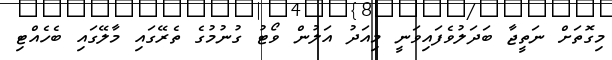
މިގޮތަށް ނަތީޖާ ބަދަލުވެފައިވަނީ މިއަދު އަލުން ވޯޓު ގުނުމުގެ ތެރޭގައި މާލޭގައި ބެހެއްޓި